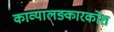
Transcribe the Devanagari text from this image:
काव्यालङ्कारकोश